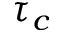
\tau _ { c }